Annual report on the working of the lock hospitals in the North-Western Provinces and Oudh
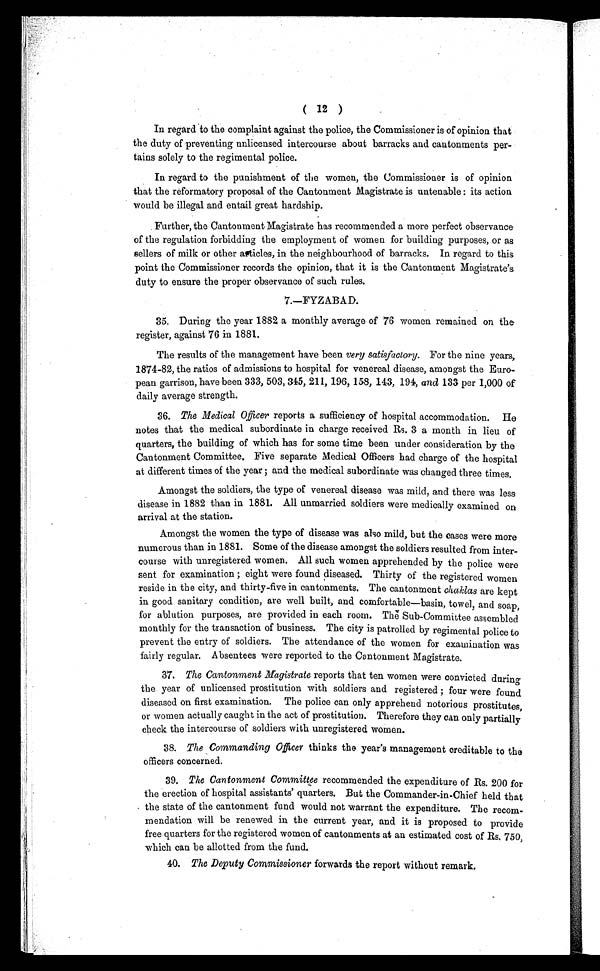
( 12 )
In regard to the complaint against the police, the Commissioner is of opinion that
the duty of preventing unlicensed intercourse about barracks and cantonments per-
tains solely to the regimental police.
In regard to the punishment of the women, the Commissioner is of opinion
that the reformatory proposal of the Cantonment Magistrate is untenable : its action
would be illegal and entail great hardship.
Further, the Cantonment Magistrate has recommended a more perfect observance
of the regulation forbidding the employment of women for building purposes, or as
sellers of milk or other articles, in the neighbourhood of barracks. In regard to this
point the Commissioner records the opinion, that it is the Cantonment Magistrate's
duty to ensure the proper observance of such rules.
7.—FYZABAD.
35. During the year 1882 a monthly average of 76 women remained on the
register, against 76 in 1881.
The results of the management have been very satisfactory. For the nine years,
1874-82, the ratios of admissions to hospital for venereal disease, amongst the Euro-
pean garrison, have been 333, 503, 345, 211, 196, 158, 143, and 133 per 1,000 of
daily average strength.
36. The Medical Officer reports a sufficiency of hospital accommodation. He
notes that the medical subordinate in charge received Rs. 3 a month in lieu of
quarters, the building of which has for some time been under consideration by the
Cantonment Committee. Five separate Medical Officers had charge of the hospital
at different times of the year ; and the medical subordinate was changed three times.
Amongst the soldiers, the type of venereal disease was mild, and there was less
disease in 1882 than in 1881. All unmarried soldiers were medically examined on
arrival at the station.
Amongst the women the type of disease was also mild, but the cases were more
numerous than in 1881. Some of the disease amongst the soldiers resulted from inter-
course with unregistered women. All such women apprehended by the police were
sent for examination ; eight were found diseased. Thirty of the registered women
reside in the city, and thirty-five in cantonments. The cantonment chaklas are kept
in good sanitary condition, are well built, and comfortable—basin, towel, and soap,
for ablution purposes, are provided in each room. The Sub-Committee assembled
monthly for the transaction of business. The city is patrolled by regimental police to
prevent the entry of soldiers. The attendance of the women for examination was
fairly regular. Absentees were reported to the Cantonment Magistrate.
37. The Cantonment Magistrate reports that ten women were convicted during
the year of unlicensed prostitution with soldiers and registered ; four were found
diseased on first examination. The police can only apprehend notorious prostitutes,
or women actually caught in the act of prostitution. Therefore they can only partially
check the intercourse of soldiers with unregistered women.
38. The Commanding Officer thinks the year's management creditable to the
officers concerned.
39. The Cantonment Committee recommended the expenditure of Rs. 200 for
the erection of hospital assistants' quarters. But the Commander-in-Chief held that
the state of the cantonment fund would not warrant the expenditure. The recom-
mendation will be renewed in the current year, and it is proposed to provide
free quarters for the registered women of cantonments at an estimated cost of Rs. 750,
which can be allotted from the fund.
40. The Deputy Commissioner forwards the report without remark.